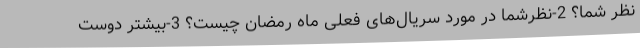
نظر شما؟ 2-نظرشما در مورد سریال‌های فعلی ماه رمضان چیست؟ 3-بیشتر دوست